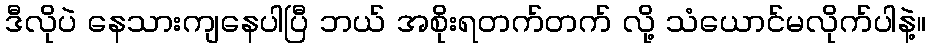
ဒီလိုပဲ နေသားကျနေပါပြီ ဘယ် အစိုးရတက်တက် လို့ သံယောင်မလိုက်ပါနဲ့။